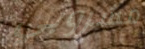
مشروبي